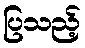
ပြသည့်